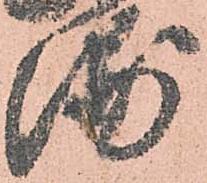
浦